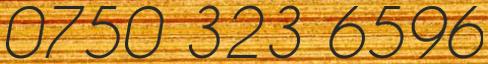
0750 323 6596